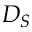
D _ { S }